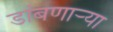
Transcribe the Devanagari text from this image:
डांबणार्‍या